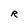
Character: R